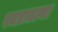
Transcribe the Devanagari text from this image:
स्वप्नातल्या